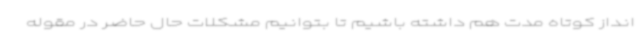
انداز کوتاه مدت هم داشته باشیم تا بتوانیم مشکلات حال حاضر در مقوله